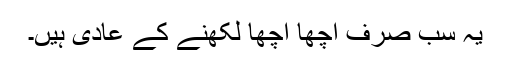
یہ سب صرف اچھا اچھا لکھنے کے عادی ہیں۔